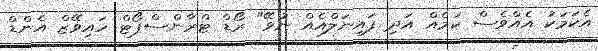
އެކަމަކު އެއްވެސް ކަމެއް އަދި ފައިނަލްއެއް ނުވޭ" ރޯޑް ޓްރާންސްޕޯޓް ހައިވޭޒް އެންޑް